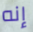
إنه